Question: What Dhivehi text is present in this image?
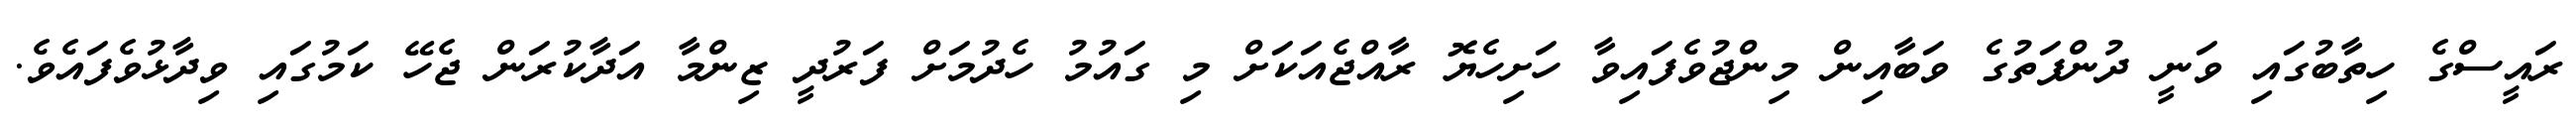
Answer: ރައީސްގެ ހިތާބުގައި ވަނީ ދުންފަތުގެ ވަބާއިން މިންޖުވެފައިވާ ހަށިހެޔޮ ރާއްޖެއަކަށް މި ގައުމު ހެދުމަށް ފަރުދީ ޒިންމާ އަދާކުރަން ޖެހޭ ކަމުގައި ވިދާޅުވެފައެވެ.